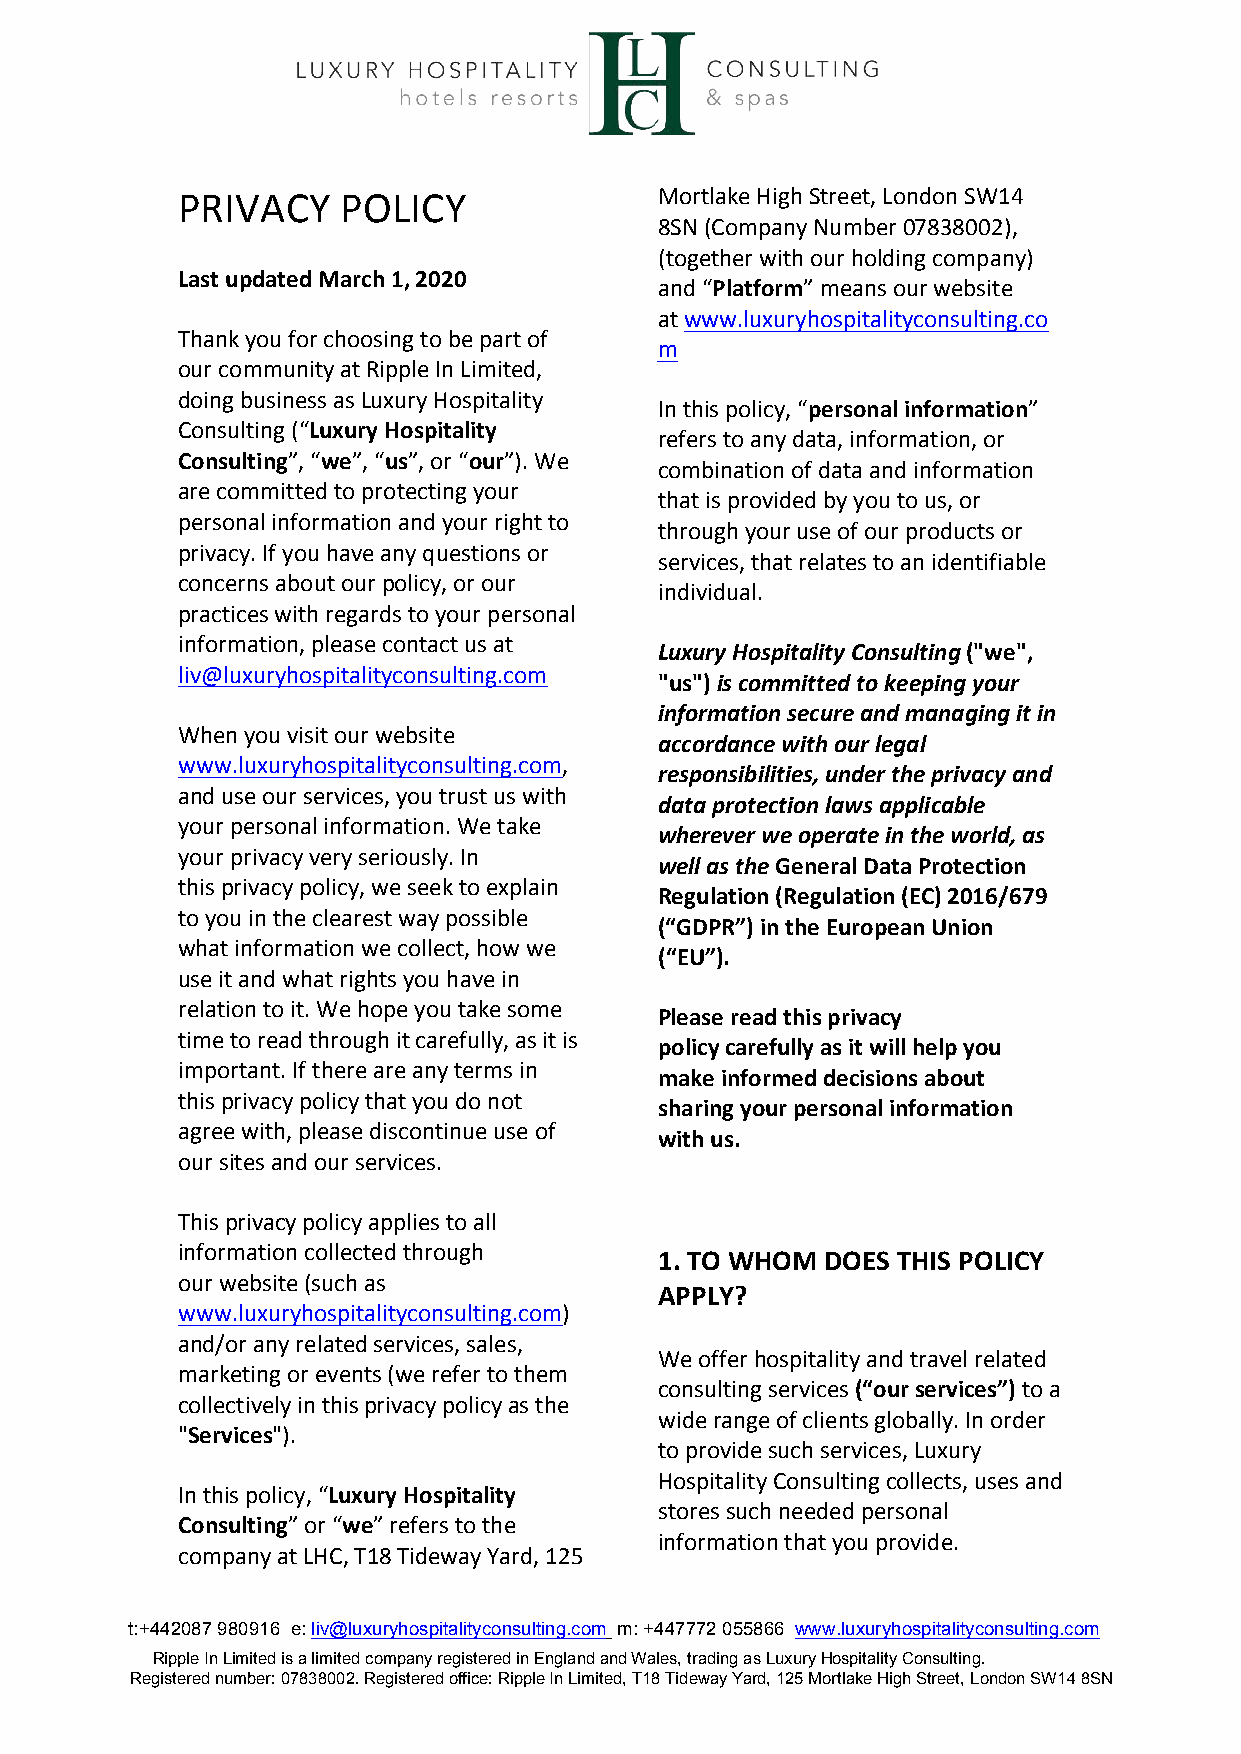
PRIVACY    POLICY               Mortlake High Street, London SW14
 8SN (Company Number 07838002),
 (together with our holding company)
 Last updated March 1, 2020
 and “Platform” means our website
 at www.luxuryhospitalityconsulting.co
 Thank you for choosing to be part of
 m
 our community at Ripple In Limited,
 doing business as Luxury Hospitality
 In this policy, “personal information”
 Consulting (“Luxury Hospitality
 refers to any data, information, or
 Consulting”, “we”, “us”, or “our”). We
 combination of data and information
 are committed to protecting your
 that is provided by you to us, or
 personal information and your right to
 through your use of our products or
 privacy. If you have any questions or
 services, that relates to an identifiable
 concerns about our policy, or our
 individual.
 practices with regards to your personal
 information, please contact us at
 Luxury Hospitality Consulting ("we",
 liv@luxuryhospitalityconsulting.com
 "us") is committed to keeping your
 information secure and managing it in
 When you visit our website
 accordance with our legal
 www.luxuryhospitalityconsulting.com,
 responsibilities, under the privacy and
 and use our services, you trust us with
 data protection laws applicable
 your personal information. We take
 wherever we operate in the world, as
 your privacy very seriously. In
 well as the General Data Protection
 this privacy policy, we seek to explain
 Regulation (Regulation (EC) 2016/679
 to you in the clearest way possible
 (“GDPR”) in the European Union
 what information we collect, how we
 (“EU”).
 use it and what rights you have in
 relation to it. We hope you take some
 Please read this privacy
 time to read through it carefully, as it is
 policy carefully as it will help you
 important. If there are any terms in
 make informed decisions about
 this privacy policy that you do not
 sharing your personal information
 agree with, please discontinue use of
 with us.
 our sites and our services.
 This privacy policy applies to all
 information collected through
 1. TO WHOM DOES THIS POLICY
 our website (such as
 APPLY?
 www.luxuryhospitalityconsulting.com)
 and/or any related services, sales,
 We offer hospitality and travel related
 marketing or events (we refer to them
 consulting services (“our services”) to a
 collectively in this privacy policy as the
 wide range of clients globally. In order
 "Services").
 to provide such services, Luxury
 Hospitality Consulting collects, uses and
 In this policy, “Luxury Hospitality
 stores such needed personal
 Consulting” or “we” refers to the
 information that you provide.
 company at LHC, T18 Tideway Yard, 125
 t:+442087 980916 e: liv@luxuryhospitalityconsulting.com m: +447772 055866 www.luxuryhospitalityconsulting.com
 Ripple In Limited is a limited company registered in England and Wales, trading as Luxury Hospitality Consulting.
 Registered number: 07838002. Registered office: Ripple In Limited, T18 Tideway Yard, 125 Mortlake High Street, London SW14 8SN